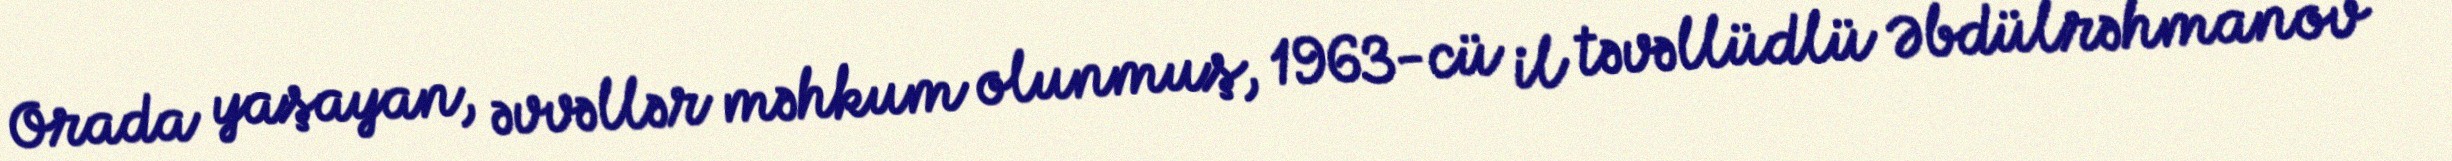
Orada yaşayan, əvvəllər məhkum olunmuş, 1963-cü il təvəllüdlü Əbdülrəhmanov